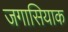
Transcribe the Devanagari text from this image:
जगासियाक